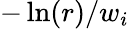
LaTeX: -\ln(r)/w_{i}